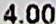
4.00